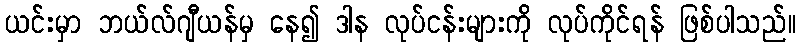
ယင်းမှာ ဘယ်လ်ဂျီယန်မှ နေ၍ ဒါန လုပ်ငန်းများကို လုပ်ကိုင်ရန် ဖြစ်ပါသည်။